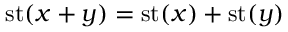
\operatorname { s t } ( x + y ) = \operatorname { s t } ( x ) + \operatorname { s t } ( y )